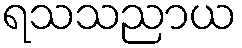
ရသသညာယ